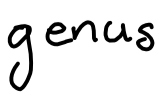
Text: genus
Cross-out: clean
Writing tool: digital_black